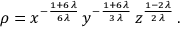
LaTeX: \rho = { x ^ { - \frac { 1 + 6 \, \lambda } { 6 \, \lambda } } \, y ^ { - \frac { 1 + 6 \, \lambda } { 3 \, \lambda } } \, z ^ { \frac { 1 - 2 \, \lambda } { 2 \, \lambda } } } \, .